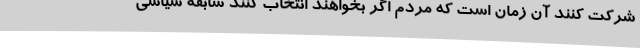
شرکت کنند آن زمان است که مردم اگر بخواهند انتخاب کنند سابقه سیاسی